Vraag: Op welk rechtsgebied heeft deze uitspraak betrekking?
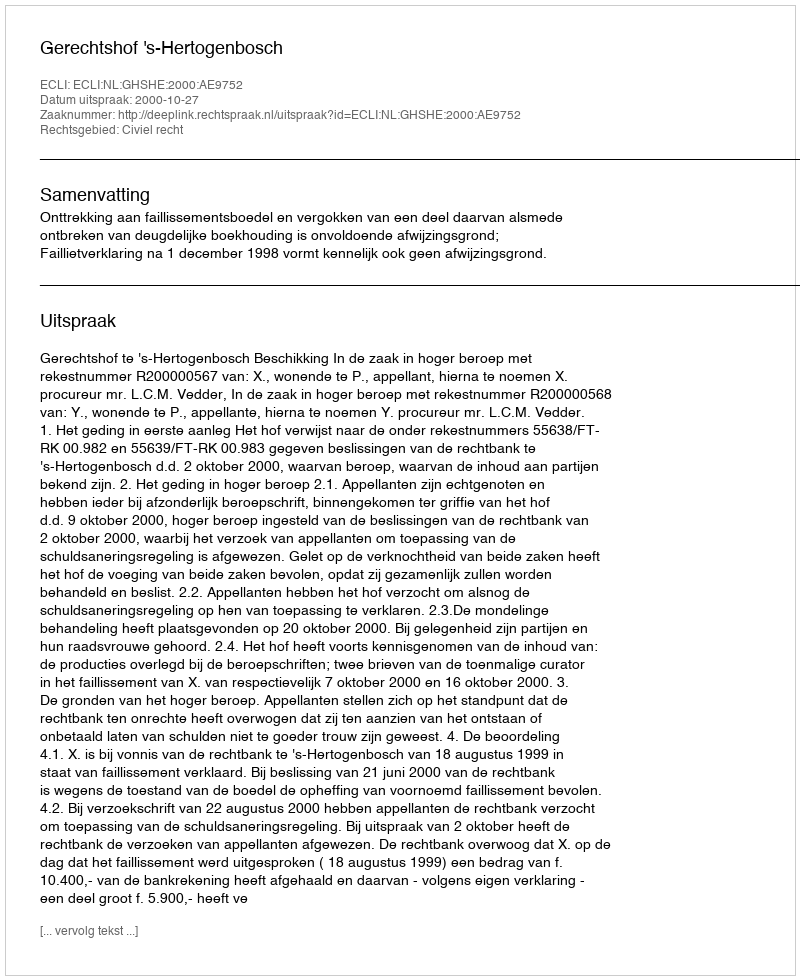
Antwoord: Civiel recht